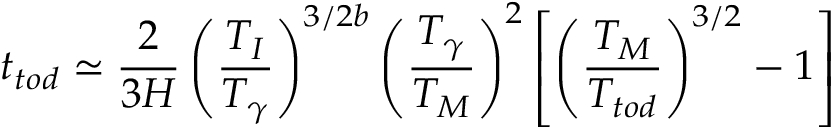
t _ { t o d } \simeq \frac 2 { 3 H } \left( \frac { T _ { I } } { T _ { \gamma } } \right) ^ { 3 / 2 b } \left( \frac { T _ { \gamma } } { T _ { M } } \right) ^ { 2 } \left[ \left( \frac { T _ { M } } { T _ { t o d } } \right) ^ { 3 / 2 } - 1 \right]